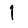
Digit: 1